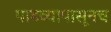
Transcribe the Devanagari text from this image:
पाडव्यापासूनच